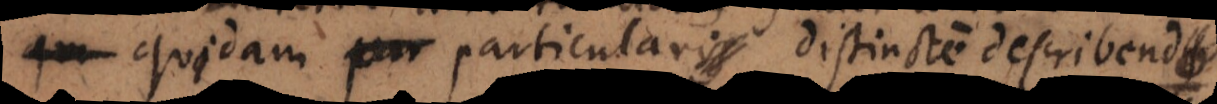
quidam particularis distincte describendus